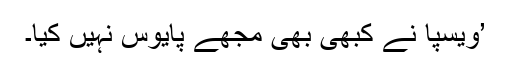
’ویسپا نے کبھی بھی مجھے پایوس نہیں کیا۔